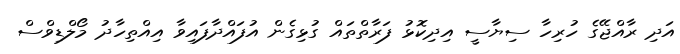
އަދި ރާއްޖޭގެ ހުރިހާ ސިޔާސީ އިދިކޮޅު ފަރާތްތައް ގުޅިގެން އުފައްދާފައިވާ އިއްތިހާދު މޯލްޑިވްސް